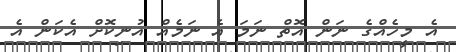
އެ މީހެއްގެ ނަން އޮތް ނަމަ އެ ނަމެއް އުނިކޮށް އެކަން އެ